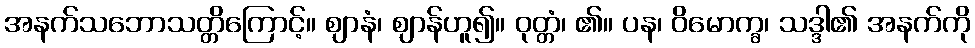
အနက်သဘောသတ္တိကြောင့်။ ဈာနံ၊ ဈာန်ဟူ၍။ ဝုတ္တံ၊ ၏။ ပန၊ ဝိမောက္ခ၊ သဒ္ဒါ၏ အနက်ကို